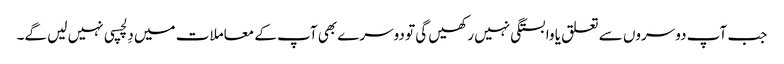
جب آپ دوسروں سے تعلق یا وابستگی نہیں رکھیں گی تو دوسرے بھی آپ کے معاملات میں دِلچسپی نہیں لیں گے۔